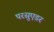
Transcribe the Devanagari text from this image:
परसुएडर